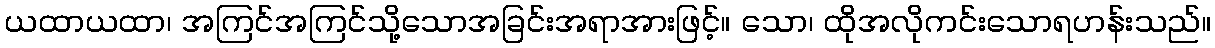
ယထာယထာ၊ အကြင်အကြင်သို့သောအခြင်းအရာအားဖြင့်။ သော၊ ထိုအလိုကင်းသောရဟန်းသည်။